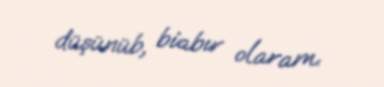
düşünüb, biabır olaram.